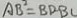
A B ^ { 2 } = B D B L